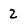
Character: 2